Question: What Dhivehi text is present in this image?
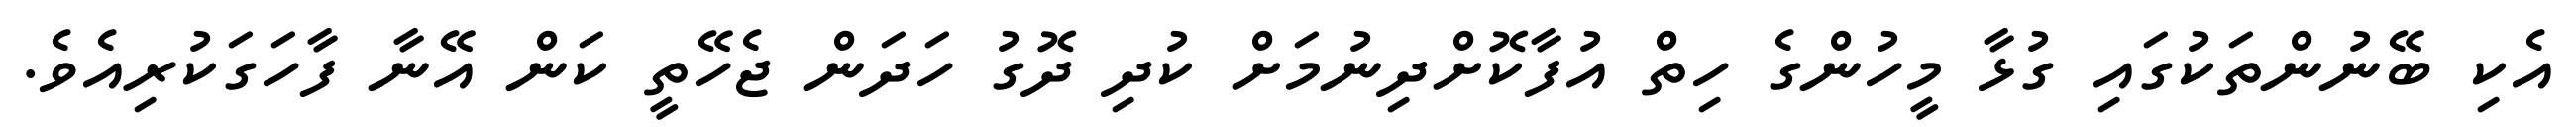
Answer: އެކި ބޭނުންތަކުގައި ގުޅާ މީހުންގެ ހިތް އުފާކޮށްދިނުމަށް ކުދި ދޮގު ހަދަން ޖެހޭތީ ކަން އޭނާ ފާހަގަކުރިއެވެ.